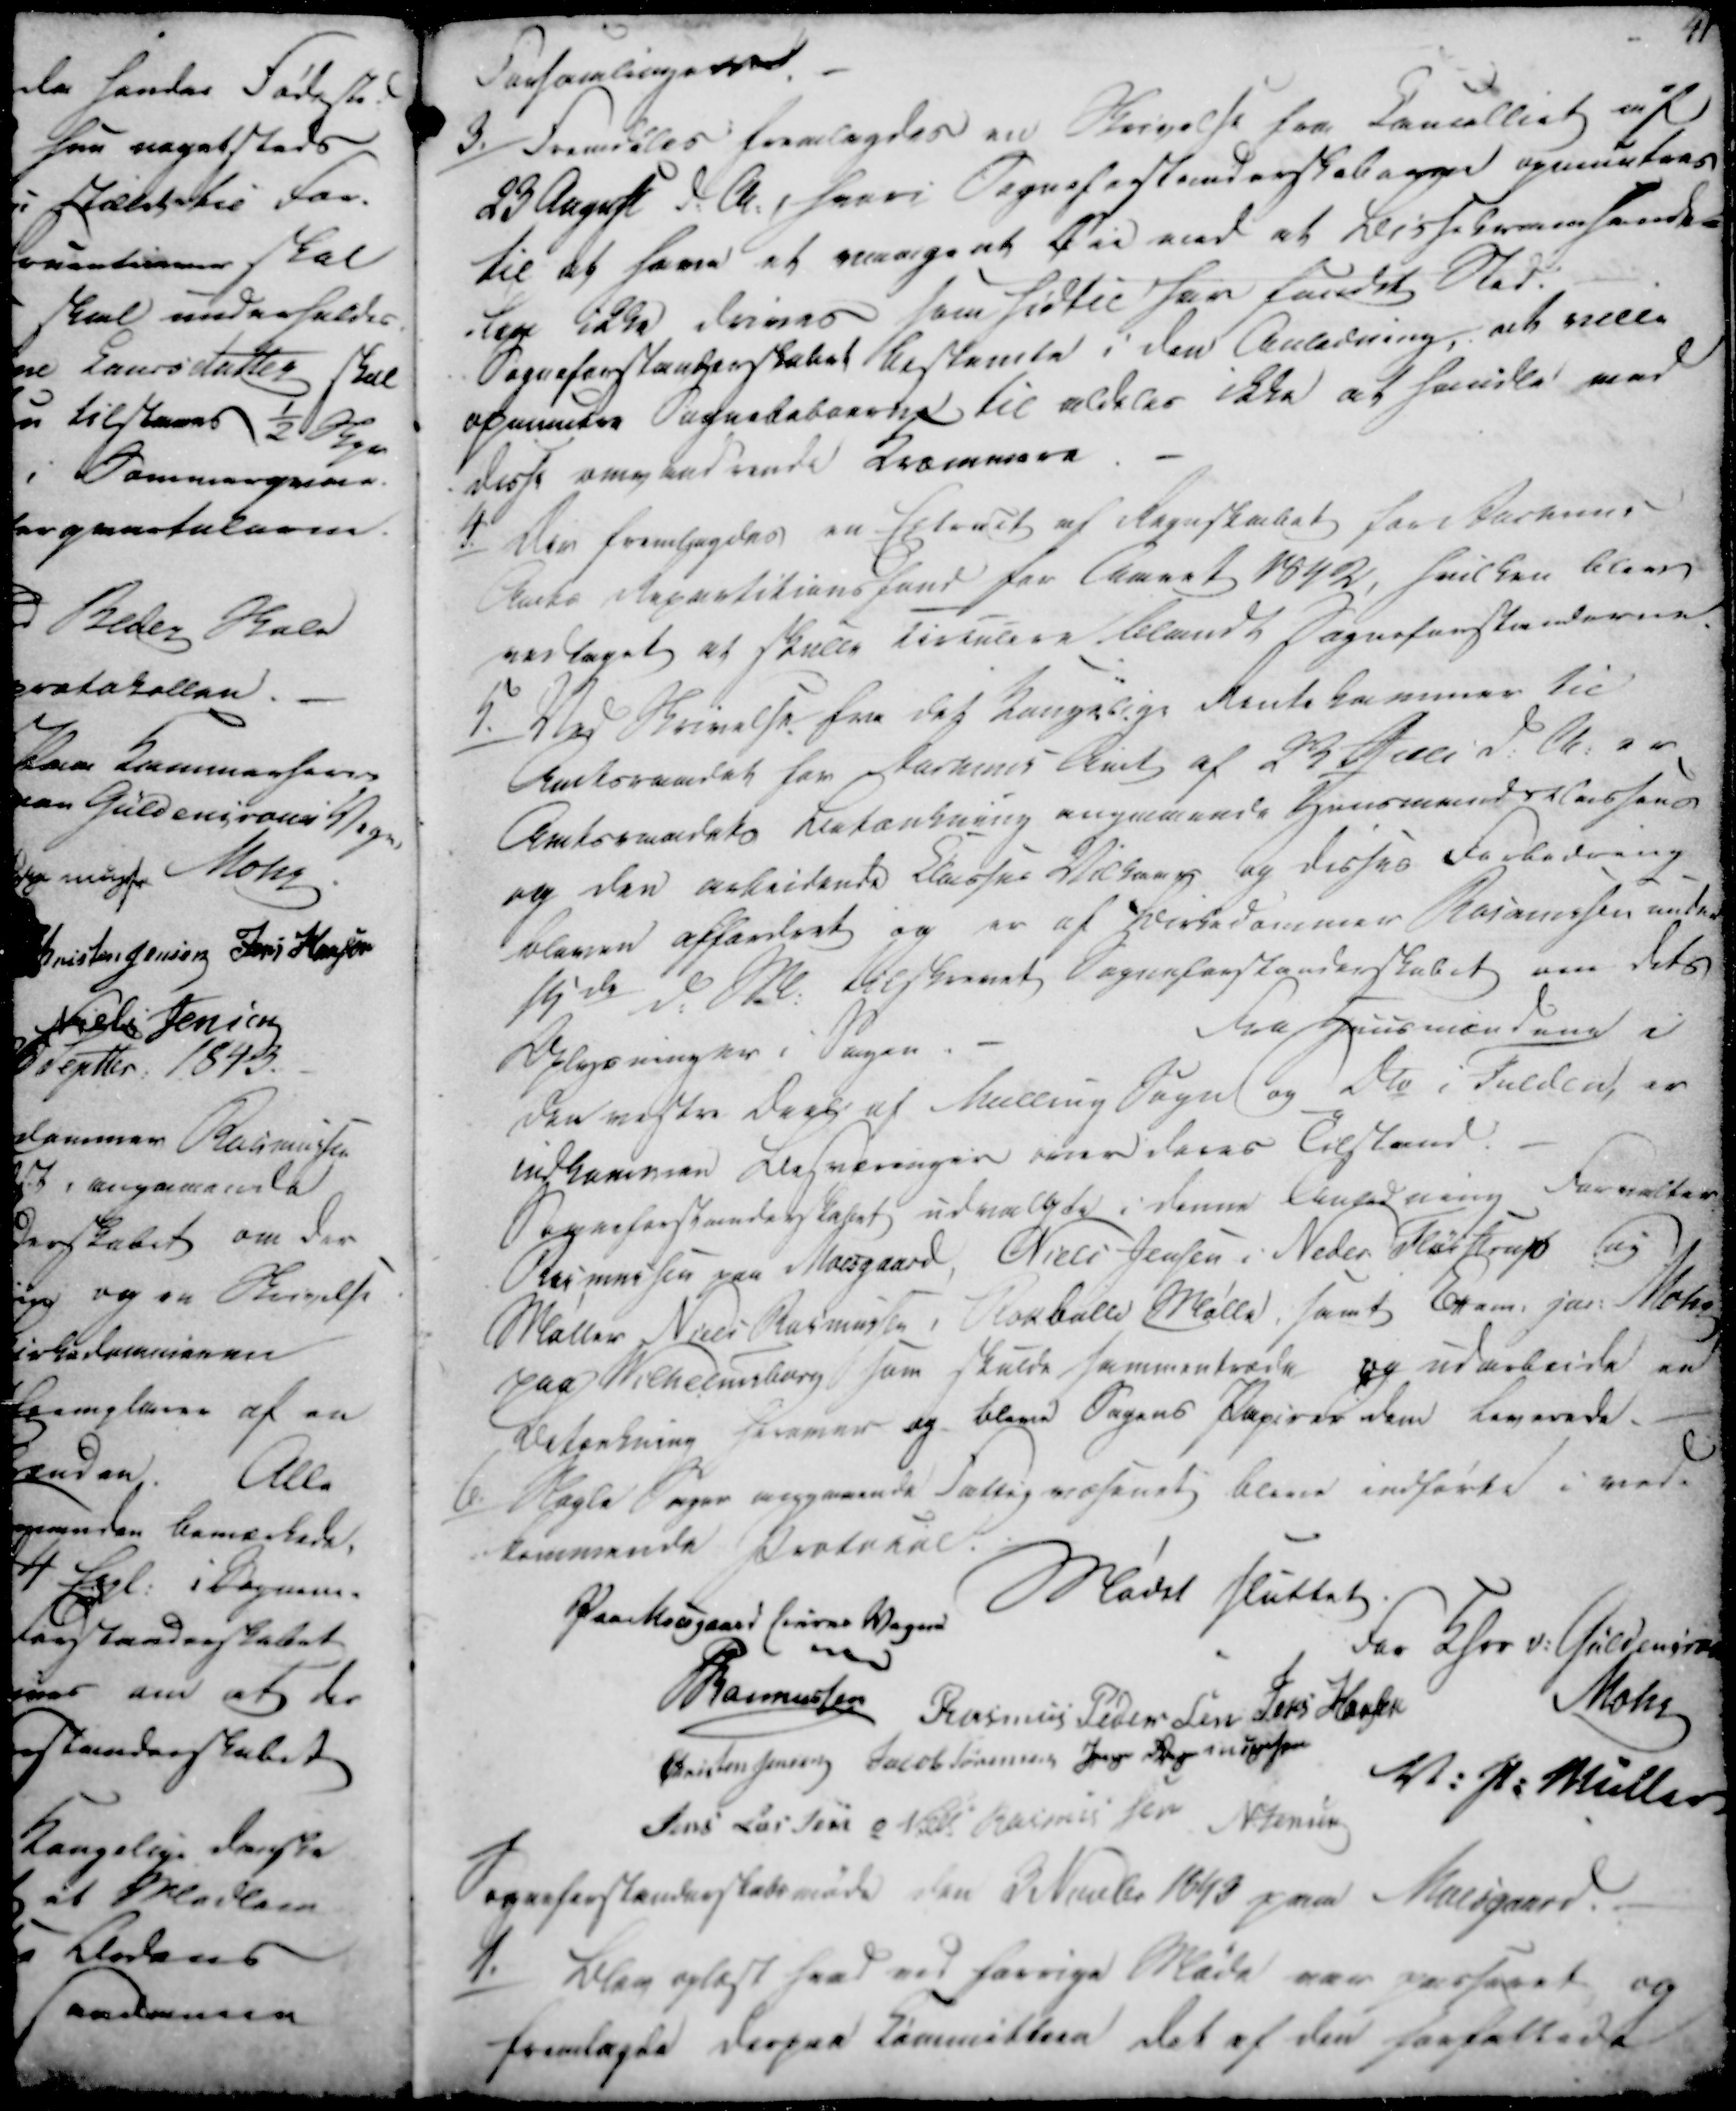
Transskription:
Forsamlingerne.

3./

Fremdeles fremlagdes en Skrivelse fra Cancelliet af
23 August d.A., hvori Sogneforstanderskabene opmuntres
til at have et vaagent Øie med at Leissebransamt-
lige ikke drives som hidtil har fundet Sted.
Sogneforstanderskabet bestemte i den Anledning, at ville
opmuntre Sognebeboerne til aldeles ikke at handle med
disse omgbardrende Kræmmere.

4./

Der fremlagdes en Erleret af Regnskabet for Parkens
Marks Regmetitionshand for Aaret 1842, hvilken bleve
vedtaget at skulle Tirtulern blandt Sogneforstanderne.

5./

Ved Skrivelse fra det Kongelige Rentekammer til
Amtsraadet for Aarhus Amt af 23 Juli d.A. er
Amtsraadets Betænkning angaaende Huusmandskassens
og den arbeidende Klasses Vilkaar og disses Forbedring
bleven affærdeet og er af Birkedommer Rasmussen under
19'de d.M. Beskrevet Sogneforstanderskabet om dets
Oplysninger i Sagen.
Fra Huusmændene i
den næste Deel af Malling Sogn og Do i Fulden, er
indkommen Besvaringer over deres Tilstand.
Sogneforstanderskabet udvalgte i denne Anledning Forvalter
Rasmussen paa Moesgaard, Niels Jensen i Neder Fløistrup og
Møller Niels Rasmussen i Storballe Mølle, samt Eram. ja. Mohr
paa Wilhelmsborg som skulde sammentræde og udarbeide en
Betænkning hvamer og bleve Sagens Papirer dem bevarede.

6./

Nogle Sager angaaende Fattigvæsenet Bleve indførte i ved-
kommende Protokol.

Mødet sluttet.
Paa Moesgaard Eirne Vegne
For Hhrr. v. Güldencrone
Mohr
P Rasmussen
Rasmus Pedersen
Jens Hansen
Christen Jensen
Jacob Sørensen
Jens Rasmussen
V. P. Müller
Jens Larsen
Niels Rasmussen
N Jensen

Sogneforstanderskabsmøde den 3 Novbr 1843 paa Moesgaard.

1./

Blev oplæst hvad ved forrige Møde var passeret og
fremlagde Dagens Eimmitten det af den forfattede